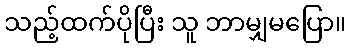
သည့်ထက်ပိုပြီး သူ ဘာမျှမပြော။